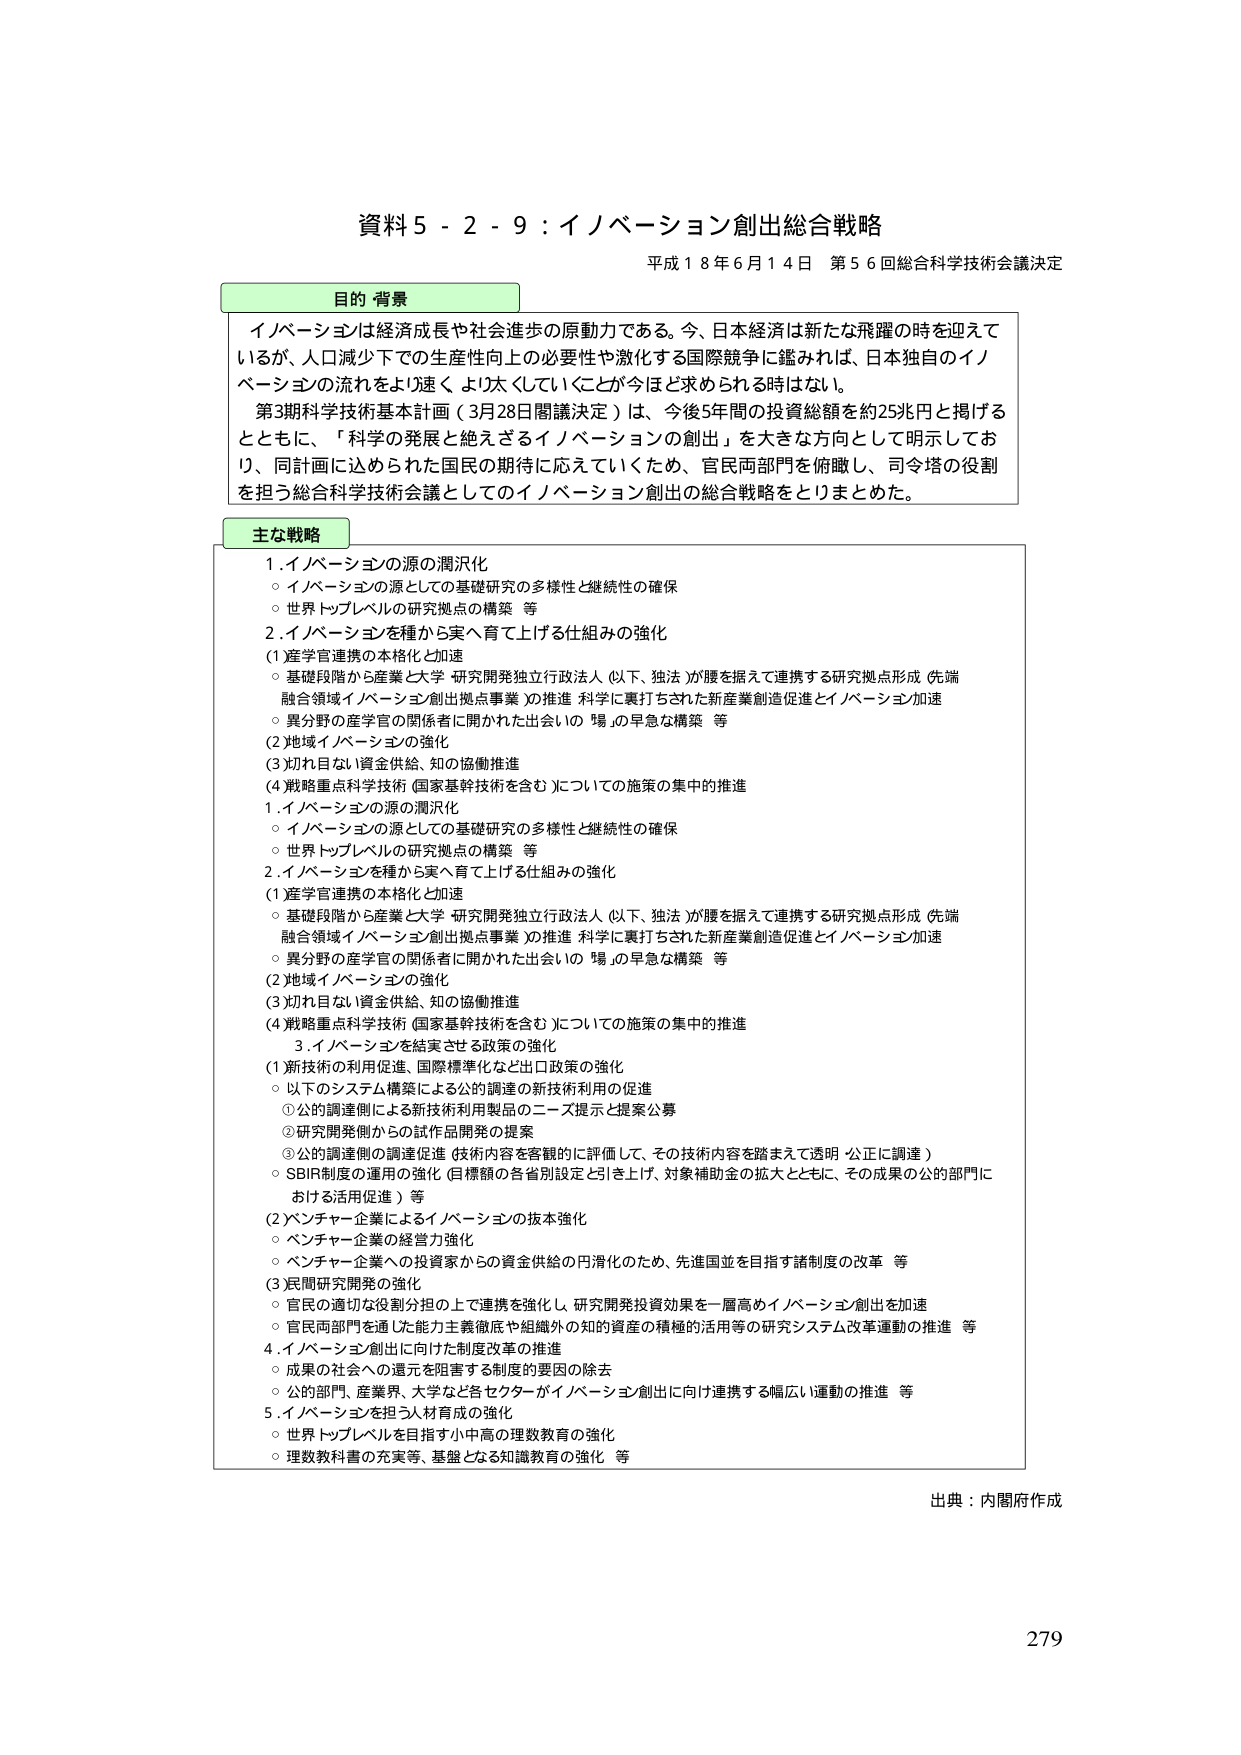
資料５－２－９：イノベーション創出総合戦略
平成１８年６月１４日 第５６回総合科学技术会議決定

目的・背景
イノベーションは経済成長や社会進歩の原動力である。今、日本経済は新たな飛躍の時を迎えて
いるが、人口減少下での生産性向上の必要性や激化する国際競争に鑑みれば、日本独自のイノ
ベーションの流れをより速く、より太くしていくことが今ほど求められる時はない。
第3期科学技術基本計画（3月28日閣議決定）は、今後5年間の投資総額を約25兆円と掲げる
とともに、「科学の発展と絶えざるイノベーションの創出」を大きな方向として明示してお
り、同計画に込められた国民の期待に応えていくため、官民両部門を俯瞰し、司令塔の役割
を担う総合科学技术会議としてのイノベーション創出の総合戦略をとりまとめた。

主な戦略
1. イノベーションの源の潤沢化
　○ イノベーションの源としての基礎研究の多様性と継続性の確保
　○ 世界トップレベルの研究拠点の構築 等
2. イノベーションを種から実へ育て上げる仕組みの強化
　(1) 産学官連携の本格化と加速
　　○ 基礎段階から産業と大学・研究開発独立行政法人（以下、独法）が腰を据えて連携する研究拠点形成（先端
　　　融合領域イノベーション創出拠点事業）の推進 科学に裏打ちされた新産業創造促進とイノベーション加速
　　○ 異分野の産学官の関係者に開かれた出会いの「場」の早急な構築 等
　(2) 地域イノベーションの強化
　(3) 見れ目ない資金供給、知の協働推進
　(4) 戦略重点科学技術（国家基幹技術を含む）についての施策の集中的推進
1. イノベーションの源の潤沢化
　○ イノベーションの源としての基礎研究の多様性と継続性の確保
　○ 世界トップレベルの研究拠点の構築 等
2. イノベーションを種から実へ育て上げる仕組みの強化
　(1) 産学官連携の本格化と加速
　　○ 基礎段階から産業と大学・研究開発独立行政法人（以下、独法）が腰を据えて連携する研究拠点形成（先端
　　　融合領域イノベーション創出拠点事業）の推進 科学に裏打ちされた新産業創造促進とイノベーション加速
　　○ 異分野の産学官の関係者に開かれた出会いの「場」の早急な構築 等
　(2) 地域イノベーションの強化
　(3) 見れ目ない資金供給、知の協働推進
　(4) 戦略重点科学技術（国家基幹技術を含む）についての施策の集中的推進
3. イノベーションを結実させる政策の強化
　(1) 新技術の利用促進、国際標準化など出口政策の強化
　　○ 以下のシステム構築による公的調達の新技術利用の促進
　　　① 公的調達側による新技術利用製品のニーズ提示と提案公募
　　　② 研究開発側からの試作品開発の提案
　　　③ 公的調達側の調達促進（技術内容を客観的に評価して、その技術内容を踏まえて透明・公正に調達）
　　　④ SBIR制度の運用の強化（目標額の各省別設定と引き上げ、対象補助金の拡大とともに、その成果の公的部門に
　　　　　おける活用促進）等
　(2) ベンチャー企業によるイノベーションの抜本強化
　　○ ベンチャー企業の経営力強化
　　○ ベンチャー企業への投資家からの資金供給の円滑化のため、先進国並を目指す諸制度の改革 等
　(3) 官民研究開発の強化
　　○ 官民の適切な役割分担の上で連携を強化し、研究開発投資効果を一層高めイノベーション創出を加速
　　○ 官民両部門を通じた能力主義徹底や組織外の知的資産の積極的活用等の研究システム改革運動の推進 等
4. イノベーション創出に向けた制度改革の推進
　○ 成果の社会への還元を阻害する制度的要因の除去
　○ 公的部門、産業界、大学など各セクターがイノベーション創出に向け連携する幅広い運動の推進 等
5. イノベーションを担う人材育成の強化
　○ 世界トップレベルを目指す小中高の理数教育の強化
　○ 理数教科書の充実等、基盤となる知識教育の強化 等

出典：内閣府作成
279